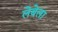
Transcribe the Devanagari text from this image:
लेबेला